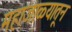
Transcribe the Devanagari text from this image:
महाजाळ्यातून